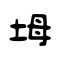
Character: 坶